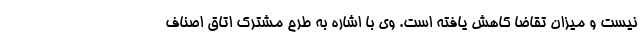
نیست و میزان تقاضا کاهش یافته است. وی با اشاره به طرح مشترک اتاق اصناف